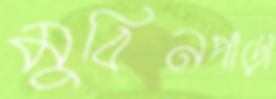
মুবিনপাড়া